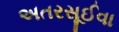
અતરસૂઈવા